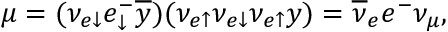
\mu = ( \nu _ { e \downarrow } e _ { \downarrow } ^ { - } \overline { { { y } } } ) ( \nu _ { e \uparrow } \nu _ { e \downarrow } \nu _ { e \uparrow } y ) = \overline { { { \nu } } } _ { e } e ^ { - } \nu _ { \mu } ,